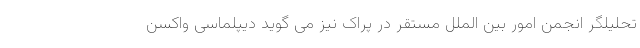
تحلیلگر انجمن امور بین الملل مستقر در پراک نیز می گوید دیپلماسی واکسن